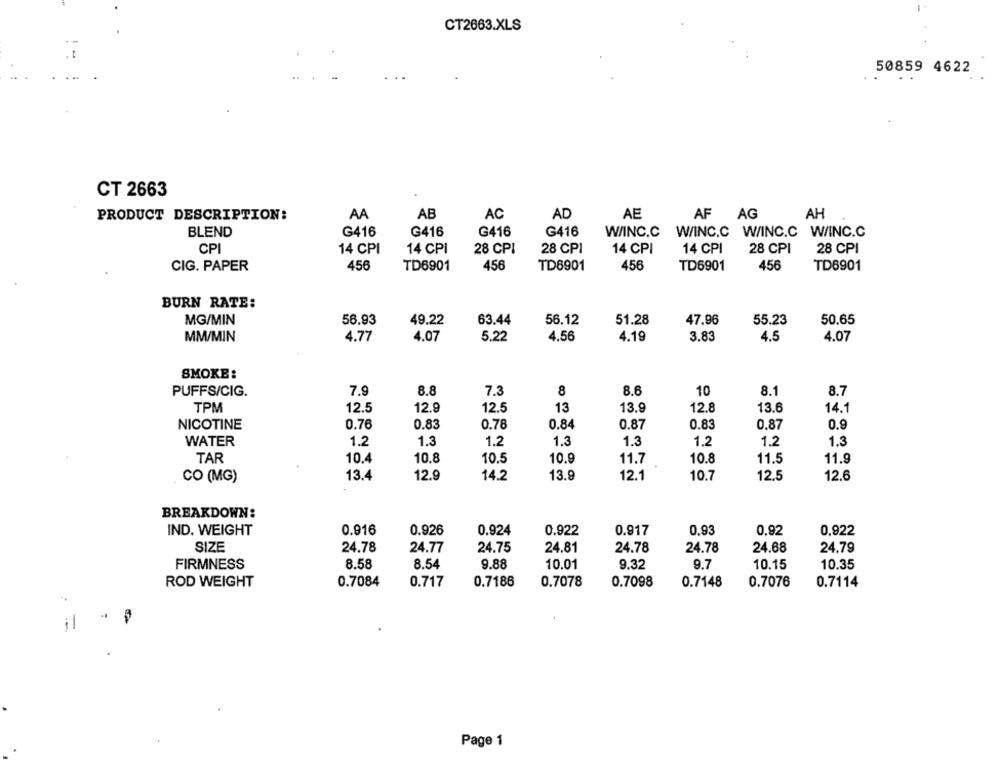
CT2663.XLS
50859 4622
CT 2663
AA
AB
AC
AD
AE
AF AG
AH
PRODUCT DESCRIPTION:
BLEND
G416
G416
G416
G416
W/INC.C W/INC.C W/INC.C W/INC.C
CP
14 CPI
14 CPI
28 CPI
28 CPI
14 CPI
14 CPI
28 CPI
28 CPI
CIG. PAPER
456
TD6901
456
TD6901
456
TD6901
456
TD6901
BURN RATE:
MG/MIN
56.93
49.22
63.44
56.12
51.28
47.96
55.23
50.65
MM/MIN
4.77
4.07
5.22
4.56
4.19
3.8
4.5
4.07
SMOKE:
PUFFS/CIG.
7.9
8.8
7.3
8
8.6
10
8.1
8.7
TPM
12.5
12.5
13
13.9
12.8
13.6
12.9
14.1
0.76
0.83
0.83
NICOTINE
0.78
0.84
0.87
0.87
0.9
WATER
1.2
1.3
1.2
1.3
1.3
1.2
1.2
1.3
TAR
10.4
10.8
10.5
10.9
11.7
10.8
11.5
11.9
13.4
12.9
14.2
13.9
12.1
10.7
12.5
12.6
CO (MG)
BREAKDOWN:
IND. WEIGHT
0.916
0.926
0.924
0.922
0.917
0,93
0,92
0,922
SIZE
24.78
24.77
24.75
24.81
24.78
24.78
24.68
24.79
FIRMNESS
8.58
8.54
9.88
10.01
9.32
9.7
10.15
10.35
ROD WEIGHT
0.7084
0.717
0.7186
0.7078
0.7098
0.7148
0.7076
0.7114
il
Page 1